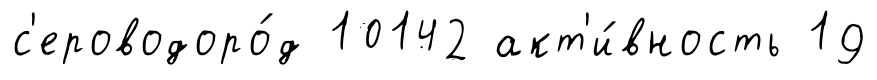
с'ероводоро́д 10142 акт'и́вность 19